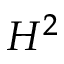
H ^ { 2 }